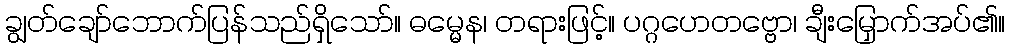
ချွတ်ချော်ဘောက်ပြန်သည်ရှိသော်။ ဓမ္မေန၊ တရားဖြင့်။ ပဂ္ဂဟေတဗ္ဗော၊ ချီးမြှောက်အပ်၏။